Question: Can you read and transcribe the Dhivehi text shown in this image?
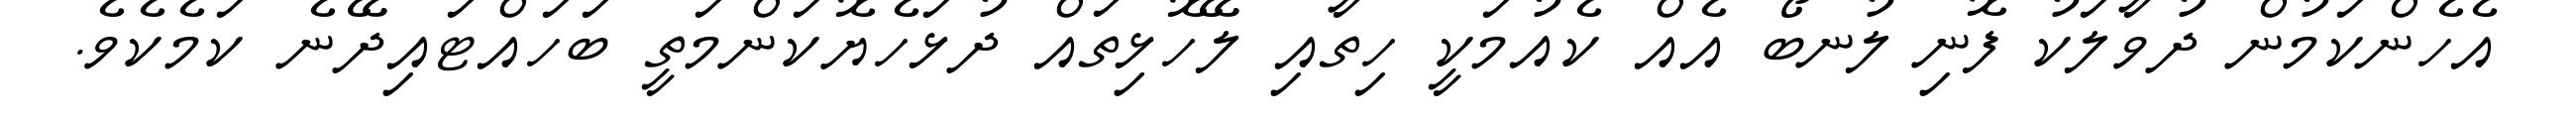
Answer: އެހެންކަމުން ދުވާލަކު ފޮނި ލުނބޯ އެއް ކެއުމަކީ ހިތާއި ލޭހޮޅިތައް ދުޅަހެޔޮކަންމަތީ ބަހައްޓައިދޭނެ ކަމެކެވެ.